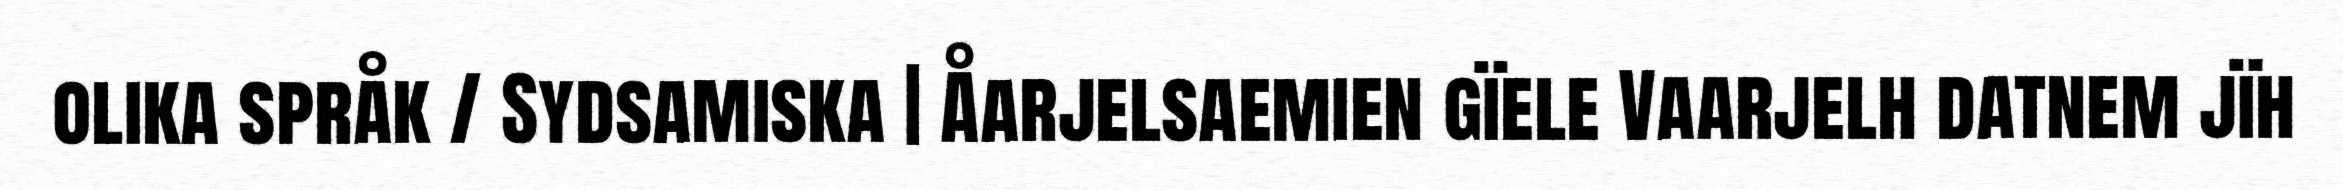
olika språk / Sydsamiska | Åarjelsaemien gïele Vaarjelh datnem jïh